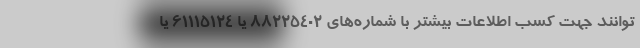
توانند جهت کسب اطلاعات بیشتر با شماره‌های 88225402 يا 61115124 یا